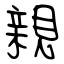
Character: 親